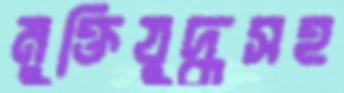
মুক্তিযুদ্ধসহ